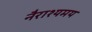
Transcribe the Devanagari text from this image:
नैराश्यमय